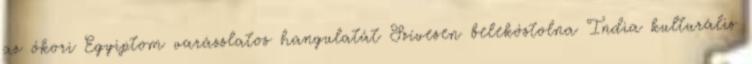
az ókori Egyiptom varázslatos hangulatát Szívesen belekóstolna India kulturális